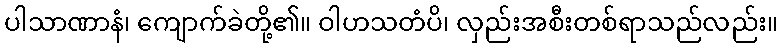
ပါသာဏာနံ၊ ကျောက်ခဲတို့၏။ ဝါဟသတံပိ၊ လှည်းအစီးတစ်ရာသည်လည်း။